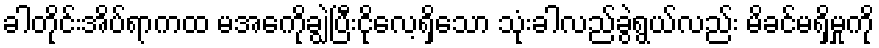
ခါတိုင်းအိပ်ရာကထ မအေကိုချွဲပြီးငိုလေ့ရှိသော သုံးခါလည်ခွဲရွယ်လည်း မိခင်မရှိမှုကို